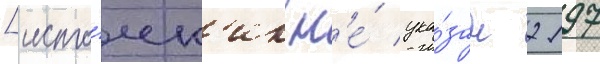
[исто́чн'ик н'е́ ука́зан 2197